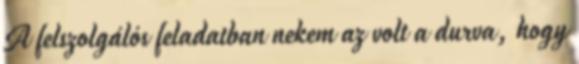
A felszolgálós feladatban nekem az volt a durva, hogy